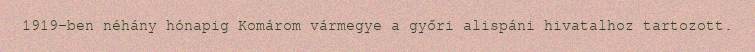
1919-ben néhány hónapig Komárom vármegye a győri alispáni hivatalhoz tartozott.